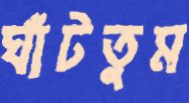
ঘাঁটতুম